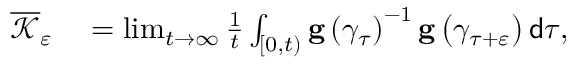
\begin{array} { r l } { \overline { { \mathcal { K } } } _ { \varepsilon } } & { { } = \operatorname* { l i m } _ { t \rightarrow \infty } \frac { 1 } { t } \int _ { \left[ 0 , t \right) } \mathbf { g } \left( \gamma _ { \tau } \right) ^ { - 1 } \mathbf { g } \left( \gamma _ { \tau + \varepsilon } \right) \mathsf { d } \tau , } \end{array}